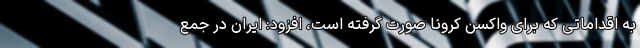
به اقداماتی که برای واکسن کرونا صورت گرفته است، افزود: ایران در جمع